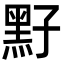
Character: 𪐣